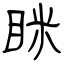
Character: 眯